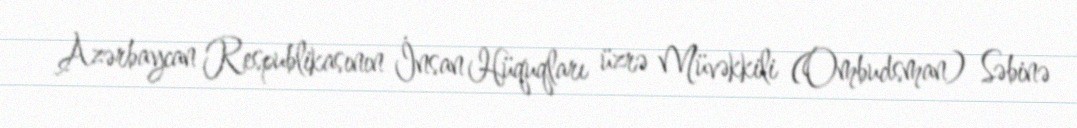
Azərbaycan Respublikasının İnsan Hüquqları üzrə Müvəkkili (Ombudsman) Səbinə